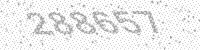
Solution: 288657